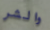
والشر